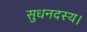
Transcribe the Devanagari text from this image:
सुधनदस्य।